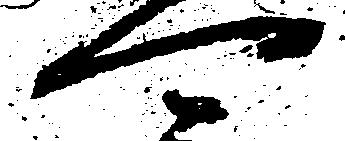
可